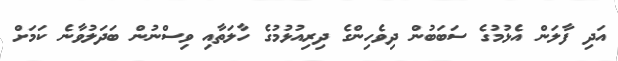
އަދި ފާލަން އެޅުމުގެ ސަބަބުން ދިވެހިންގެ ދިރިއުޅުމުގެ ހާލަތާއި ވިސްނުން ބަދަލުވާނެ ކަމަށް